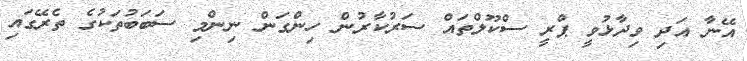
އޭނާ އަދި ވިދާޅުވީ ޕްރީ ސްކޫލްތައް ސަރުކާރުން ހިންގަން ނިންމި ސަބަބުތަކުގެ ތެރޭގައި